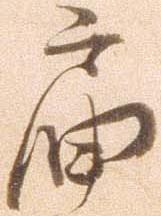
届